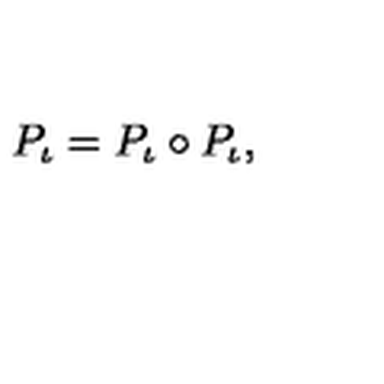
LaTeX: P _ { \iota } = P _ { \iota } \circ P _ { \iota } ,